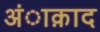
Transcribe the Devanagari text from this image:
अंाक़ाद